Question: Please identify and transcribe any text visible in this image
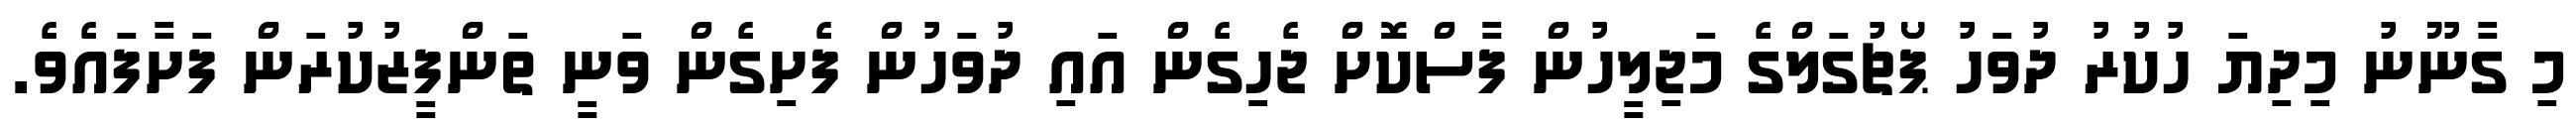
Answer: މި ގާނޫނު މިދިޔަ ހުކުރު ދުވަހު ޕޯޗުގަލްގެ މަޖިލީހުން ފާސްކޮށް ޖެހިގެން އައި ދުވަހުން ފެށިގެން ވަނީ ތަންފީޒުކުރަން ފަށާފައެވެ.